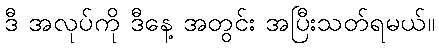
ဒီ အလုပ်ကို ဒီနေ့ အတွင်း အပြီးသတ်ရမယ်။